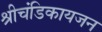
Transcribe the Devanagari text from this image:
श्रीचंडिकायजन